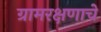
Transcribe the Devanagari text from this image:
ग्रामरक्षणाचे